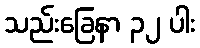
သည်းခြေနာ ၃၂ ပါး